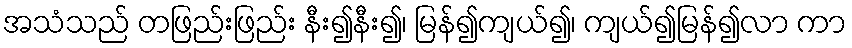
အသံသည် တဖြည်းဖြည်း နီး၍နီး၍၊ မြန်၍ကျယ်၍၊ ကျယ်၍မြန်၍လာ ကာ